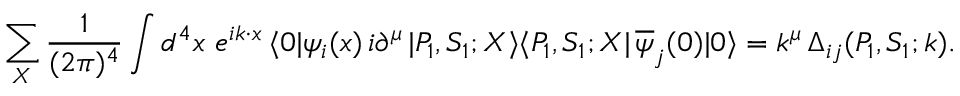
\sum _ { X } \frac { 1 } { ( 2 \pi ) ^ { 4 } } \int d ^ { 4 } x \ e ^ { i k \cdot x } \, \langle 0 \vert \psi _ { i } ( x ) \, i \partial ^ { \mu } \, \vert P _ { 1 } , S _ { 1 } ; X \rangle \langle P _ { 1 } , S _ { 1 } ; X \vert \, \overline { { \psi } } _ { j } ( 0 ) \vert 0 \rangle = k ^ { \mu } \, \Delta _ { i j } ( P _ { 1 } , S _ { 1 } ; k ) .